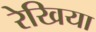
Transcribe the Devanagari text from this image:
रेखिया